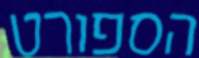
הספורט